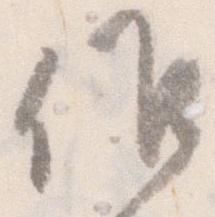
候